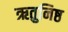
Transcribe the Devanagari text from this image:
ऋतुनिष्ठ